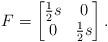
LaTeX: \begin{align*}F=\begin{bmatrix} \tfrac 12 s & 0 \\ 0 & \tfrac 12 s\end{bmatrix}.\end{align*}